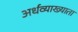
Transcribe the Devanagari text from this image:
अर्धव्याख्याता